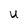
Character: U